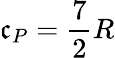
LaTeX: \mathfrak{c}_{P}={\frac{{7}}{{2}}}R